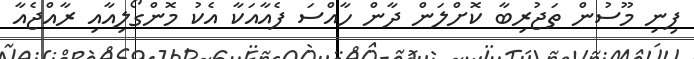
ފިނި މޫސުން ތަޖުރިބާ ކޮށްލަން ދާން ހާއްސަ ފެއާއަކާ އެކު މޮންގޯލިއާއި ރާއްޖެއާ